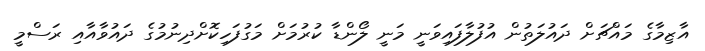
އާޒިމާގެ މައްޗަށް ދައުލަތުން އުފުލާފައިވަނީ މަނީ ލޯންޑާ ކުރުމަށް މަގުފަހިކޮށްދިނުމުގެ ދައުވާއާއި ރަސްމީ